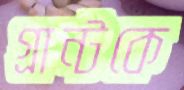
গ্রান্টকে